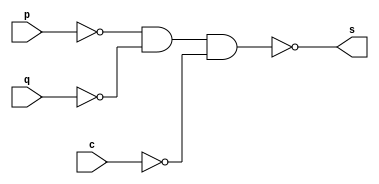
// ------------------------- 
// Exercicio0005 - AND(NN) 
// Nome: Jos Ferreira Reis Fonseca 
// ------------------------- 
// ------------------------- 
// -- and gate 
// ------------------------- 
module andNNgate ( output s, 
input p, q, c); 
assign s = (~((((~p) & (~q)) & (~c)))); 
endmodule // andNNgate 
// --------------------- 
// -- test andNN gate 
// --------------------- 
module testandNNgate; 
// ------------------------- dados locais 
reg a, b, c; // definir registradores 
wire s; // definir conexao (fio) 
// ------------------------- instancia 
andNNgate ANDNN1 (s, a, b, c); 
// ------------------------- preparacao 
initial begin:start 
a=0; b=0; c=0;
end 
// ------------------------- parte principal 
initial begin 
$display("Exercicio0004 - Jos Ferreira Reis Fonseca  - 405808"); 
$display("Test AND(NN)3 gate"); 
$display("\n~((~a & ~b) & ~c) = s\n"); 
$monitor("~((~%b & ~%b) & ~%b) = %b", a, b, c, s); 
a=0; b=0; c=0;
#1;
a=0; b=0; c=1;
#1;
a=0; b=1; c=0;
#1; 
a=0; b=1; c=1;
#1; 
a=1; b=0; c=0;
#1; 
a=1; b=0; c=1;
#1; 
a=1; b=1; c=0;
#1; 
a=1; b=1; c=1;
#1; 
end 
endmodule // testandNNgate